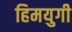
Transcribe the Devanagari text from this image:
हिमयुगी